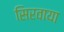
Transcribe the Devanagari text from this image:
सिरवाया